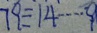
7 9 \div 1 4 \cdots 9